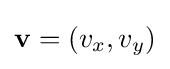
\mathbf {v} =(v_{x},v_{y})